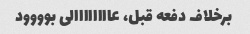
برخلاف دفعه قبل، عاااااااالی بوووود